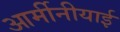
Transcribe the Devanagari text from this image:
आर्मीनीयाई